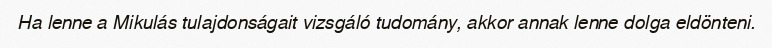
Ha lenne a Mikulás tulajdonságait vizsgáló tudomány, akkor annak lenne dolga eldönteni.